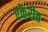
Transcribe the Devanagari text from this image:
एकेरीत